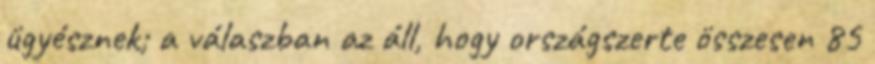
ügyésznek; a válaszban az áll, hogy országszerte összesen 85